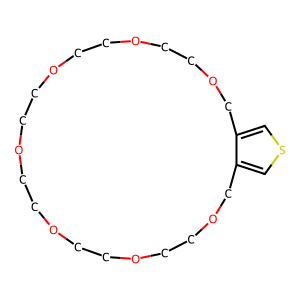
SMILES: c1scc2c1COCCOCCOCCOCCOCCOCCOC2
Inhibits HIV replication: No